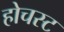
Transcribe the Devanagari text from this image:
होचस्ट